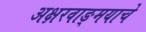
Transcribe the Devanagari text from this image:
अक्षरवाङ्‌मयाचे